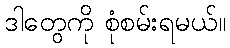
ဒါတွေကို စုံစမ်းရမယ်။